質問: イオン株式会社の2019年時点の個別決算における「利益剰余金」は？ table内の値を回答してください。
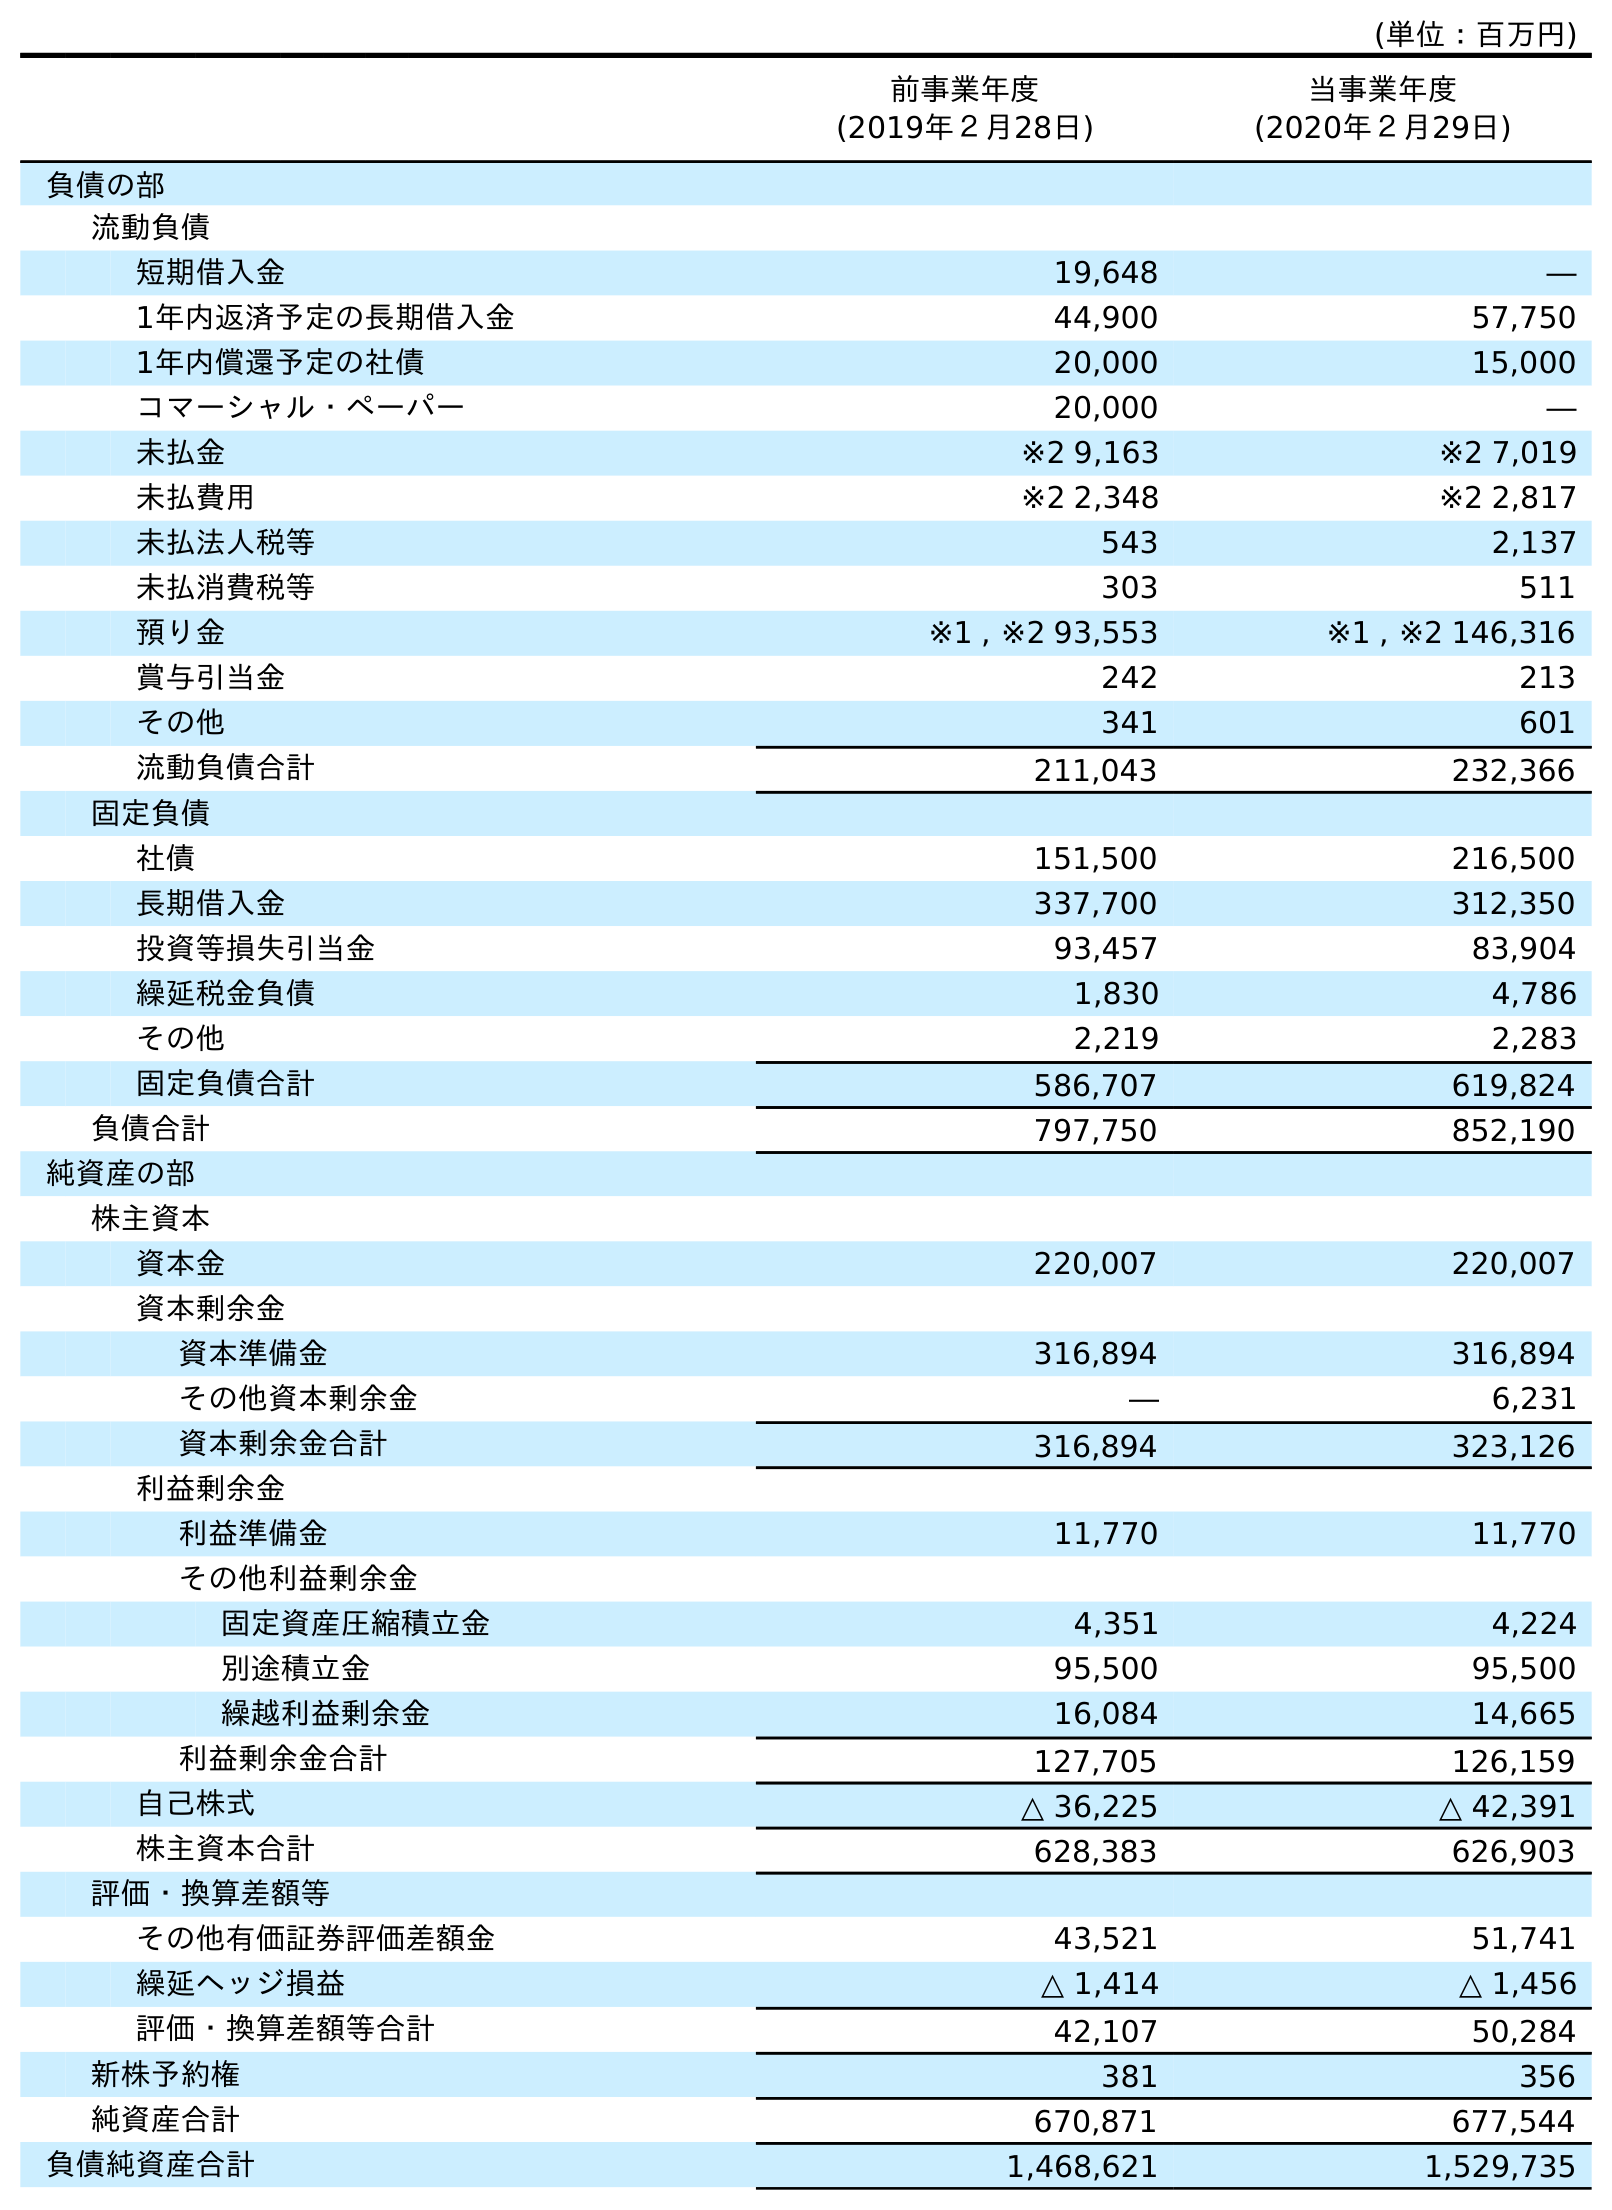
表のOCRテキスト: (単位：百万円) 前事業年度 (2019年２月28日) 当事業年度 (2020年２月29日) 負債の部 流動負債 短期借入金 19,648 ― 1年内返済予定の長期借入金 44,900 57,750 1年内償還予定の社債 20,000 15,000 コマーシャル・ペーパー 20,000 ― 未払金 ※2 9,163 ※2 7,019 未払費用 ※2 2,348 ※2 2,817 未払法人税等 543 2,137 未払消費税等 303 511 預り金 ※1 , ※2 93,553 ※1 , ※2 146,316 賞与引当金 242 213 その他 341 601 流動負債合計 211,043 232,366 固定負債 社債 151,500 216,500 長期借入金 337,700 312,350 投資等損失引当金 93,457 83,904 繰延税金負債 1,830 4,786 その他 2,219 2,283 固定負債合計 586,707 619,824 負債合計 797,750 852,190 純資産の部 株主資本 資本金 220,007 220,007 資本剰余金 資本準備金 316,894 316,894 その他資本剰余金 ― 6,231 資本剰余金合計 316,894 323,126 利益剰余金 利益準備金 11,770 11,770 その他利益剰余金 固定資産圧縮積立金 4,351 4,224 別途積立金 95,500 95,500 繰越利益剰余金 16,084 14,665 利益剰余金合計 127,705 126,159 自己株式 △ 36,225 △ 42,391 株主資本合計 628,383 626,903 評価・換算差額等 その他有価証券評価差額金 43,521 51,741 繰延ヘッジ損益 △ 1,414 △ 1,456 評価・換算差額等合計 42,107 50,284 新株予約権 381 356 純資産合計 670,871 677,544 負債純資産合計 1,468,621 1,529,735
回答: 127,705